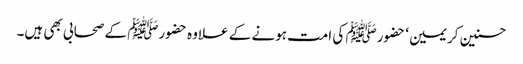
حسنین کریمین‘ حضورﷺ کی امت ہونے کے علاوہ حضورﷺ کے صحابی بھی ہیں۔